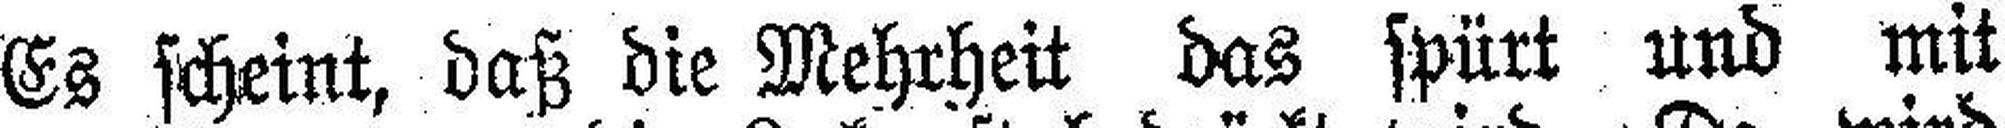
Es scheint, daß die Mehrheit das spürt und mit